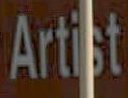
Artist